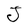
Character: J